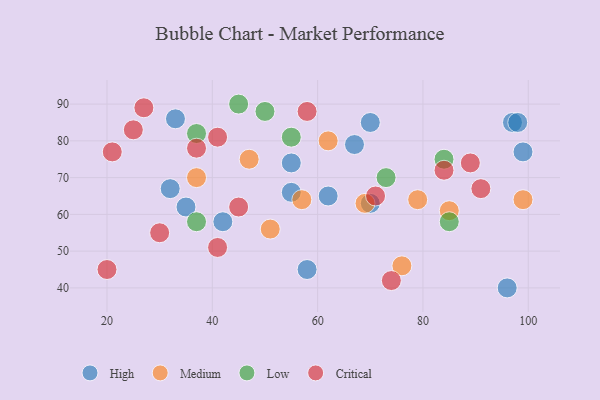
{"axis": {"x": "GDP", "y": "Life Expectancy"}, "legend": ["Critical", "High", "Low", "Medium"], "data": [{"x": "70", "y": 63, "type": "High"}, {"x": "96", "y": 40, "type": "High"}, {"x": "58", "y": 45, "type": "High"}, {"x": "33", "y": 86, "type": "High"}, {"x": "35", "y": 62, "type": "High"}, {"x": "55", "y": 66, "type": "High"}, {"x": "97", "y": 85, "type": "High"}, {"x": "70", "y": 85, "type": "High"}, {"x": "98", "y": 85, "type": "High"}, {"x": "32", "y": 67, "type": "High"}, {"x": "42", "y": 58, "type": "High"}, {"x": "62", "y": 65, "type": "High"}, {"x": "55", "y": 74, "type": "High"}, {"x": "67", "y": 79, "type": "High"}, {"x": "99", "y": 77, "type": "High"}, {"x": "69", "y": 63, "type": "Medium"}, {"x": "47", "y": 75, "type": "Medium"}, {"x": "62", "y": 80, "type": "Medium"}, {"x": "79", "y": 64, "type": "Medium"}, {"x": "99", "y": 64, "type": "Medium"}, {"x": "37", "y": 70, "type": "Medium"}, {"x": "57", "y": 64, "type": "Medium"}, {"x": "51", "y": 56, "type": "Medium"}, {"x": "76", "y": 46, "type": "Medium"}, {"x": "85", "y": 61, "type": "Medium"}, {"x": "50", "y": 88, "type": "Low"}, {"x": "45", "y": 90, "type": "Low"}, {"x": "55", "y": 81, "type": "Low"}, {"x": "84", "y": 75, "type": "Low"}, {"x": "85", "y": 58, "type": "Low"}, {"x": "37", "y": 82, "type": "Low"}, {"x": "37", "y": 58, "type": "Low"}, {"x": "73", "y": 70, "type": "Low"}, {"x": "21", "y": 77, "type": "Critical"}, {"x": "74", "y": 42, "type": "Critical"}, {"x": "30", "y": 55, "type": "Critical"}, {"x": "84", "y": 72, "type": "Critical"}, {"x": "71", "y": 65, "type": "Critical"}, {"x": "41", "y": 51, "type": "Critical"}, {"x": "58", "y": 88, "type": "Critical"}, {"x": "20", "y": 45, "type": "Critical"}, {"x": "41", "y": 81, "type": "Critical"}, {"x": "89", "y": 74, "type": "Critical"}, {"x": "91", "y": 67, "type": "Critical"}, {"x": "37", "y": 78, "type": "Critical"}, {"x": "45", "y": 62, "type": "Critical"}, {"x": "27", "y": 89, "type": "Critical"}, {"x": "25", "y": 83, "type": "Critical"}]}